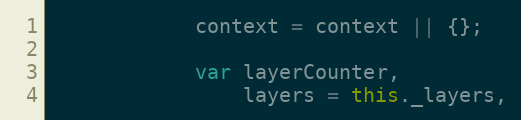
Language: JavaScript
            context = context || {};

            var layerCounter,
                layers = this._layers,